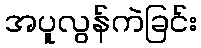
အပူလွန်ကဲခြင်း